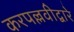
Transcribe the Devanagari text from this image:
करपल्लवीद्वारे